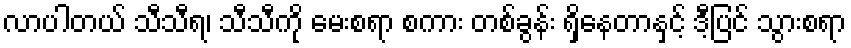
လာပါတယ် သီသီရ၊ သီသီကို မေးစရာ စကား တစ်ခွန်း ရှိနေတာနှင့် ဒီ့ပြင် သွားစရာ